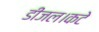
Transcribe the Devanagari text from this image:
डीजल।कटे